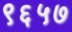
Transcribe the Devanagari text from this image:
९६५७